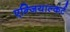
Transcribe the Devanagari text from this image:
एन्जियाल्कर्ट